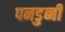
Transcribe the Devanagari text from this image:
पनडुब्‍बी